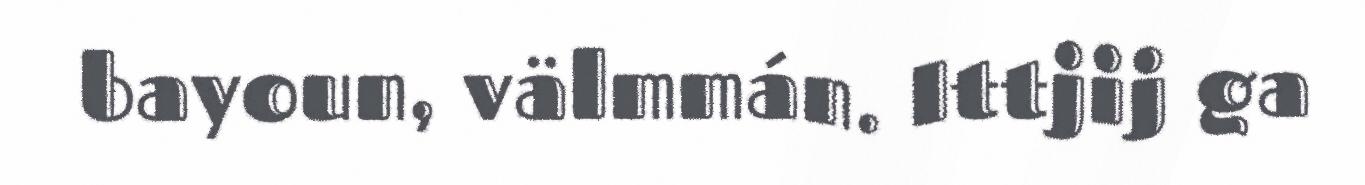
bayoun, välmmán. Ittjij ga